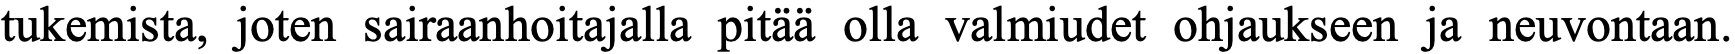
tukemista, joten sairaanhoitajalla pitää olla valmiudet ohjaukseen ja neuvontaan.